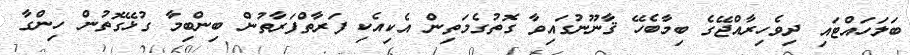
ބަލަހައްޓައި ދިވެހިރާއްޖޭގެ ބިމާބެހޭ ޤާނޫނުގައިވާ ގޮތުގެމަތިން އެކިއެކި ފަރާތްފަރާތުން ބިންބިމާ ގުޅޭގޮތުން ހިންގާ